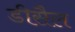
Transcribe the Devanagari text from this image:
डीसैल